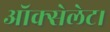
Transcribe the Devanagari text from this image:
ऑक्सेलेट।